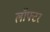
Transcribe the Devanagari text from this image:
लॉफ्टर